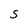
Character: S